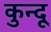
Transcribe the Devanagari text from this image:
कुन्दू